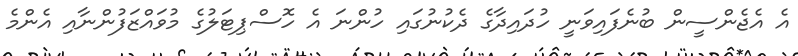
އެ އެޖެންސީން ބުނެފައިވަނީ ހުދައިދާގެ ދެކުނުގައި ހުންނަ އެ ހޮސްޕިޓަލުގެ މުވައްޒަފުންނާއި އެންމެ